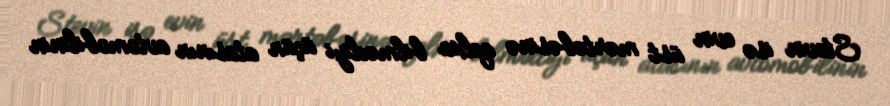
Stevin isə evin üst mərtəbəsinə qalxa bilmədiyi üçün atasının avtomobilinin